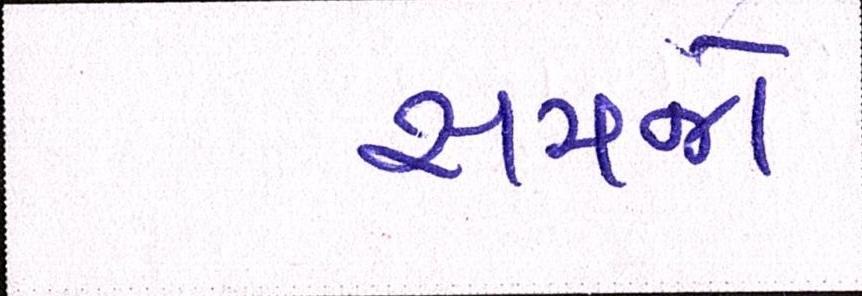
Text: સમજો